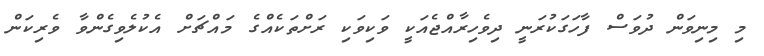
މި މިނިވަން ދުވަސް ފާހަގަކުރަނީ ދިވެހިރާއްޖެއަކީ ވަކިވަކި ރަށްތަކެއްގެ މައްޗަށް އެކުލެވިގެންވާ ވެރިކަން